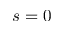
s = 0